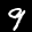
Label: 9